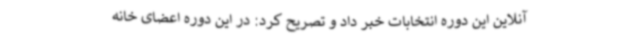
آنلاین این دوره انتخابات خبر داد و تصریح کرد: در این دوره اعضای خانه